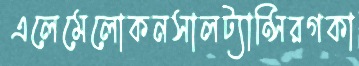
এলেমেলোকনসালট্যান্সিরগকা